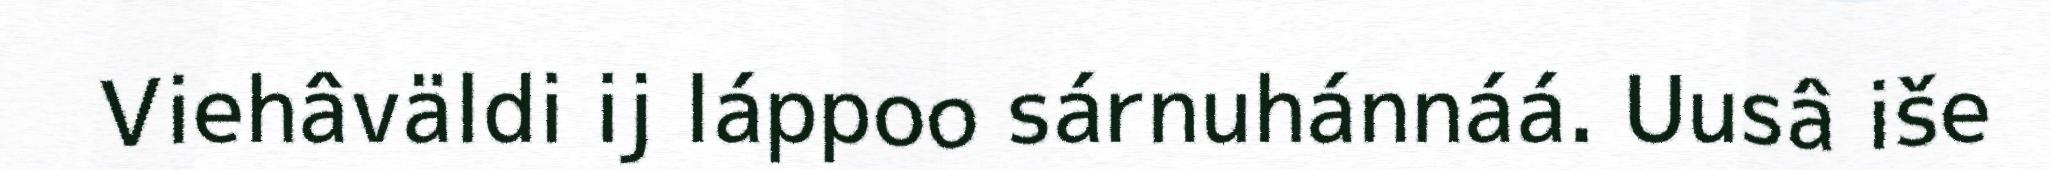
Viehâväldi ij láppoo sárnuhánnáá. Uusâ iše